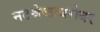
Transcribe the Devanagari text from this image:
नटश्रेष्ठाबरोबर